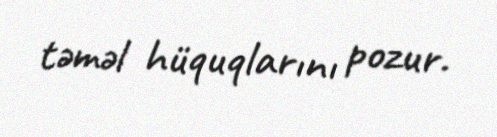
təməl hüquqlarını pozur.